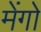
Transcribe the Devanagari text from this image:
मेंगो